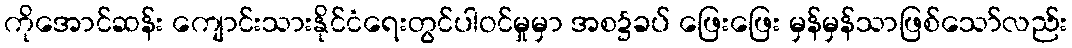
ကိုအောင်ဆန်း ကျောင်းသားနိုင်ငံရေးတွင်ပါဝင်မှုမှာ အစ၌ခပ် ဖြေးဖြေး မှန်မှန်သာဖြစ်သော်လည်း